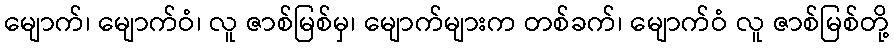
မျောက်၊ မျောက်ဝံ၊ လူ ဇာစ်မြစ်မှ၊ မျောက်များက တစ်ခက်၊ မျောက်ဝံ လူ ဇာစ်မြစ်တို့